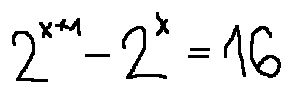
2 ^ { x + 1 } - 2 ^ { x } = 1 6